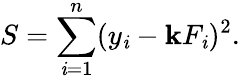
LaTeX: S=\sum_{\mathit{i}=1}^{n}(y_{\mathit{i}}-\mathbf{k}F_{\mathit{i}})^{2}.